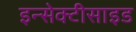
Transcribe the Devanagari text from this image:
इन्सेक्टीसाइड